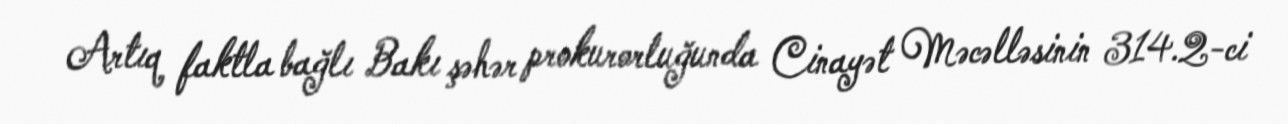
Artıq faktla bağlı Bakı şəhər prokurorluğunda Cinayət Məcəlləsinin 314.2-ci